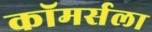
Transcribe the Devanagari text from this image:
कॉमर्सला